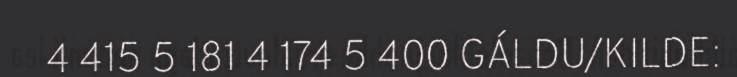
4 415 5 181 4 174 5 400 GÁLDU/KILDE: